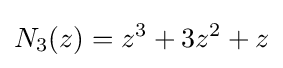
N_{3}(z)=z^{3}+3z^{2}+z